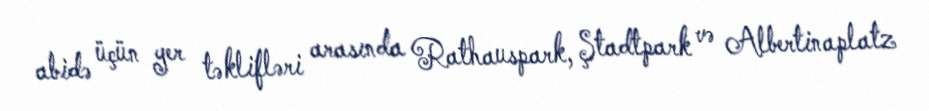
abidə üçün yer təklifləri arasında Rathauspark, Ştadtpark və Albertinaplatz